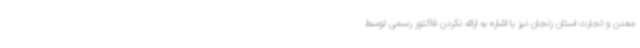
معدن و تجارت استان زنجان نیز با اشاره به ارائه نکردن فاکتور رسمی توسط